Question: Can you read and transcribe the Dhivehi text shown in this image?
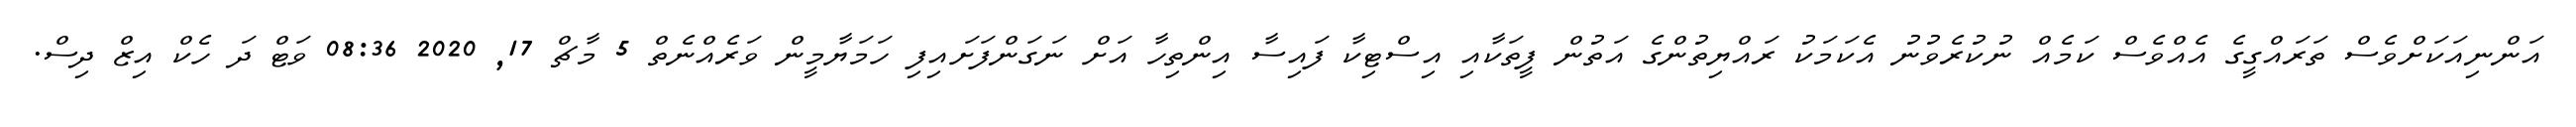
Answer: އަންނިއަކަށްވެސް ތަރައްގީގެ އެއްވެސް ކަމެއް ނުކުރެވުނު އެކަމަކު ރައްޔިތުންގެ އަތުން ފީތަކާއި އިސްޓިކާ ފައިސާ އިންތިހާ އަށް ނަގަންފަށައިފި ހަމަޔާމީން ވަރެއްނެތް 5 މާޗް 17, 2020 08:36 ވަޓް ދަ ހެކް އިޒް ދިސް.